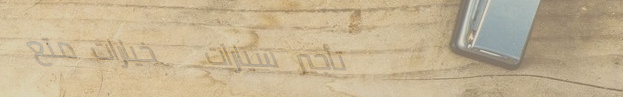
تأجير سيارات   خيارات متع